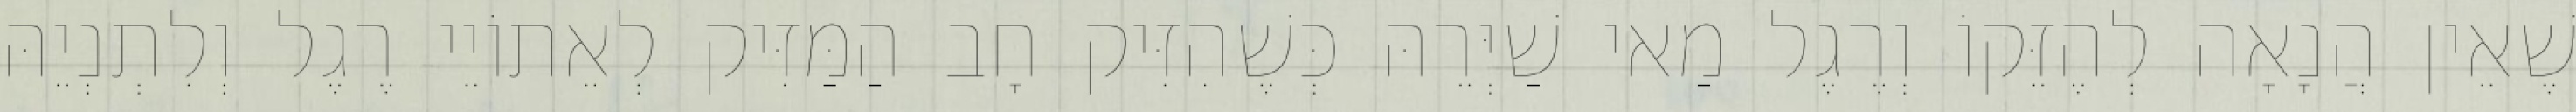
שֶׁאֵין הֲנָאָה לְהֶזֵּקוֹ וְרֶגֶל מַאי שַׁיְּרֵהּ כְּשֶׁהִזִּיק חָב הַמַּזִּיק לְאֵתוֹיֵי רֶגֶל וְלִתְנְיֵהּ